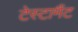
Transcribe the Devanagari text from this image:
टेस्टामैंट